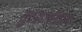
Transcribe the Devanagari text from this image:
युवराजसिंहला